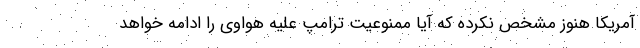
آمریکا هنوز مشخص نکرده که آیا ممنوعیت ترامپ علیه هواوی را ادامه خواهد